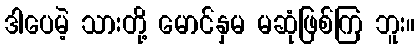
ဒါပေမဲ့ သားတို့ မောင်နှမ မဆုံဖြစ်ကြ ဘူး။